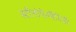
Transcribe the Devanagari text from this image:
स्टीनोपेल्मैटिडी